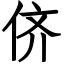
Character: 侪